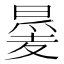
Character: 㬊